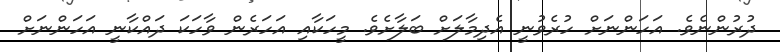
ދުރުންނެވެ. އަހަންނަށް ހުރެވުނީ އެދިމާލަށް ބަލާށެވެ. މީހަކާއި އަހަރެން ވާހަކަ ދައްކާނީ އަހަންނަށް